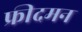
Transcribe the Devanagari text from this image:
फ्रीदमन